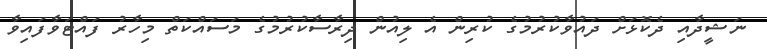
ނަޝީދާއި ދެކޮޅަށް ދައުވާކުރުމުގެ ކުރިން އެ ލިއުން ދިރާސާކުރުމުގެ މަސައްކަތް މިހާރު ފައްޓަވާފައިވާ